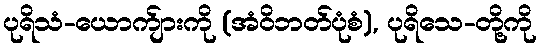
ပုရိသံ-ယောက်ျားကို (အံဝိဘတ်ပုံစံ), ပုရိသေ-တို့ကို